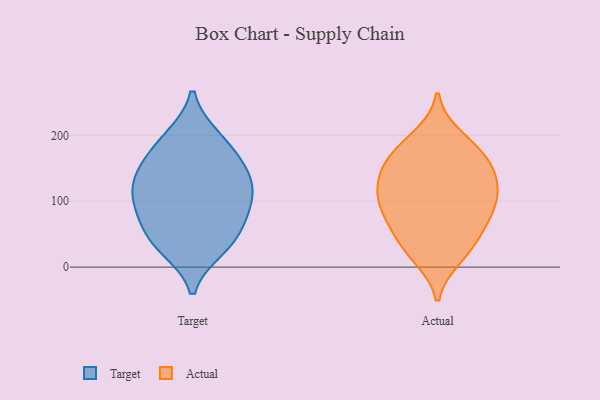
{"axis": {"x": "Conversion Rate (%)", "y": "Value"}, "legend": ["Actual", "Target"], "data": [{"x": "", "y": 163, "type": "Target"}, {"x": "", "y": 36, "type": "Target"}, {"x": "", "y": 197, "type": "Target"}, {"x": "", "y": 130, "type": "Target"}, {"x": "", "y": 100, "type": "Target"}, {"x": "", "y": 107, "type": "Target"}, {"x": "", "y": 69, "type": "Target"}, {"x": "", "y": 145, "type": "Target"}, {"x": "", "y": 108, "type": "Target"}, {"x": "", "y": 193, "type": "Target"}, {"x": "", "y": 29, "type": "Target"}, {"x": "", "y": 146, "type": "Target"}, {"x": "", "y": 40, "type": "Target"}, {"x": "", "y": 77, "type": "Target"}, {"x": "", "y": 110, "type": "Actual"}, {"x": "", "y": 149, "type": "Actual"}, {"x": "", "y": 67, "type": "Actual"}, {"x": "", "y": 31, "type": "Actual"}, {"x": "", "y": 88, "type": "Actual"}, {"x": "", "y": 118, "type": "Actual"}, {"x": "", "y": 67, "type": "Actual"}, {"x": "", "y": 117, "type": "Actual"}, {"x": "", "y": 181, "type": "Actual"}, {"x": "", "y": 16, "type": "Actual"}, {"x": "", "y": 77, "type": "Actual"}, {"x": "", "y": 113, "type": "Actual"}, {"x": "", "y": 28, "type": "Actual"}, {"x": "", "y": 151, "type": "Actual"}, {"x": "", "y": 197, "type": "Actual"}, {"x": "", "y": 174, "type": "Actual"}, {"x": "", "y": 154, "type": "Actual"}]}